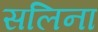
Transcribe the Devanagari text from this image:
सलिना